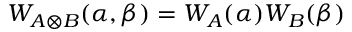
W _ { A \otimes B } ( \alpha , \beta ) = W _ { A } ( \alpha ) W _ { B } ( \beta )